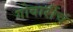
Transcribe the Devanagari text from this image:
गोवारींचं